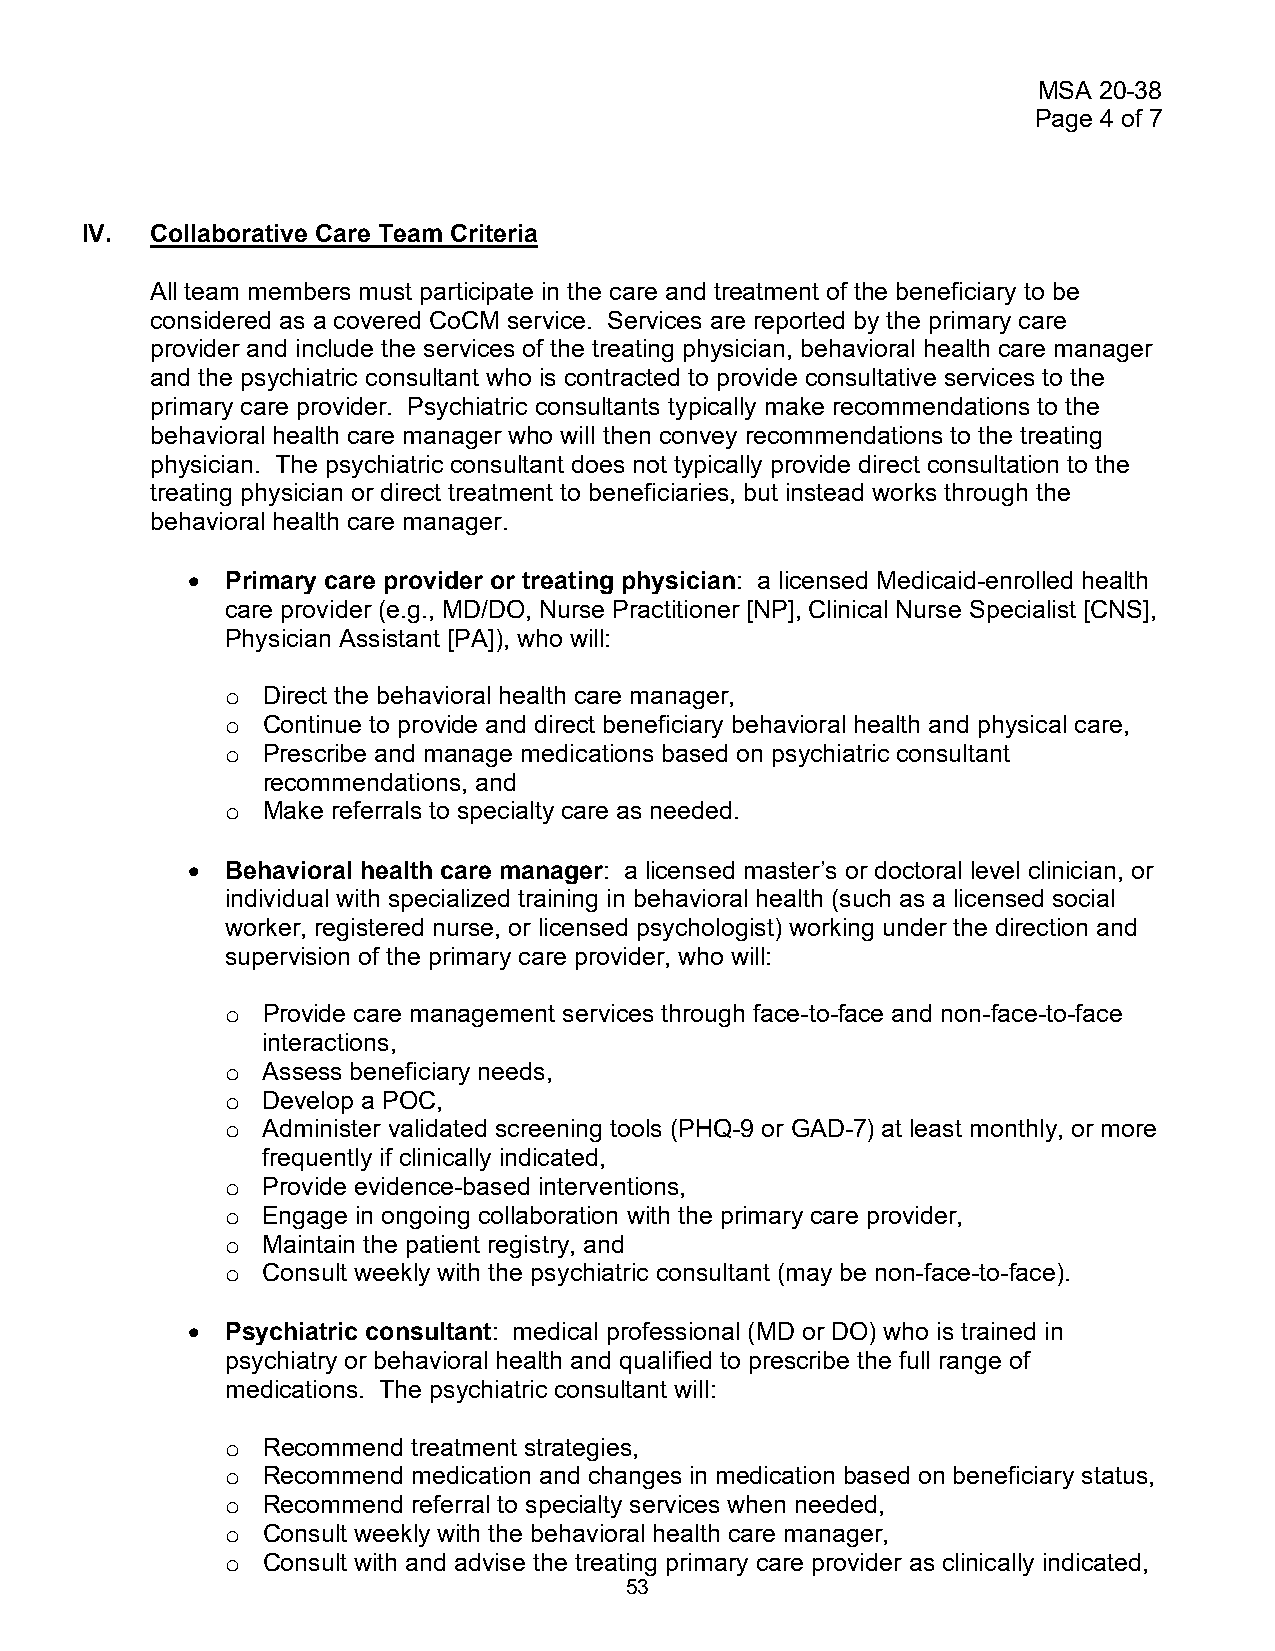
MSA 20-38
 Page 4 of 7
 IV.  Collaborative Care Team Criteria
 All team members must participate in the care and treatment of the beneficiary to be
 considered as a covered CoCM service. Services are reported by the primary care
 provider and include the services of the treating physician, behavioral health care manager
 and the psychiatric consultant who is contracted to provide consultative services to the
 primary care provider. Psychiatric consultants typically make recommendations to the
 behavioral health care manager who will then convey recommendations to the treating
 physician. The psychiatric consultant does not typically provide direct consultation to the
 treating physician or direct treatment to beneficiaries, but instead works through the
 behavioral health care manager.
 •  Primary care provider or treating physician: a licensed Medicaid-enrolled health
 care provider (e.g., MD/DO, Nurse Practitioner [NP], Clinical Nurse Specialist [CNS],
 Physician Assistant [PA]), who will:
 Direct the behavioral health care manager,
 o
 Continue to provide and direct beneficiary behavioral health and physical care,
 o
 Prescribe and manage medications based on psychiatric consultant
 o
 recommendations, and
 Make referrals to specialty care as needed.
 o
 •  Behavioral health care manager: a licensed master’s or doctoral level clinician, or
 individual with specialized training in behavioral health (such as a licensed social
 worker, registered nurse, or licensed psychologist) working under the direction and
 supervision of the primary care provider, who will:
 Provide care management services through face-to-face and non-face-to-face
 o
 interactions,
 Assess beneficiary needs,
 o
 Develop a POC,
 o
 Administer validated screening tools (PHQ-9 or GAD-7) at least monthly, or more
 o
 frequently if clinically indicated,
 Provide evidence-based interventions,
 o
 Engage in ongoing collaboration with the primary care provider,
 o
 Maintain the patient registry, and
 o
 Consult weekly with the psychiatric consultant (may be non-face-to-face).
 o
 •  Psychiatric consultant: medical professional (MD or DO) who is trained in
 psychiatry or behavioral health and qualified to prescribe the full range of
 medications. The psychiatric consultant will:
 Recommend treatment strategies,
 o
 Recommend medication and changes in medication based on beneficiary status,
 o
 Recommend referral to specialty services when needed,
 o
 Consult weekly with the behavioral health care manager,
 o
 Consult with and advise the treating primary care provider as clinically indicated,
 o
 53